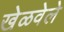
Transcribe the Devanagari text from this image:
खेळवेले